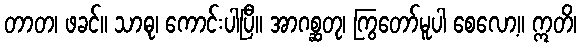
တာတ၊ ဖခင်။ သာဓု၊ ကောင်းပါပြီ။ အာဂစ္ဆတု၊ ကြွတော်မူပါ စေလော့။ ဣတိ၊